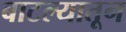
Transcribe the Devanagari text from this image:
बाटल्यातून